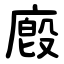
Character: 廏